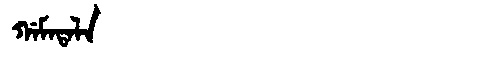
Manchu: ᡤᠠᠮᠠᡨᠠᠯᠠ
Romanization: GAMATALA